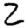
Digit: 2